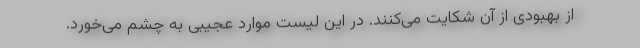
از بهبودی از آن شکایت می‌کنند. در این لیست موارد عجیبی به چشم می‌خورد.